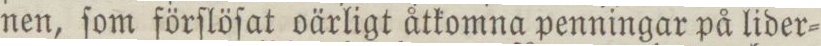
nen, ſom förſlöſat oärligt åtkomna penningar på lider=